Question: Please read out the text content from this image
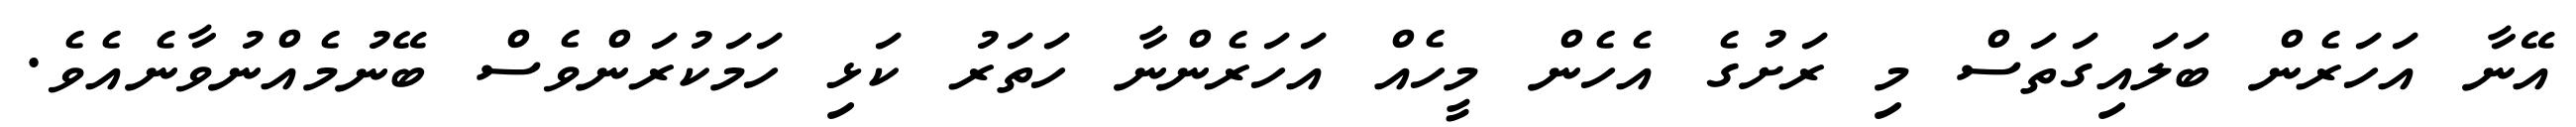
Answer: އޭނާ އަހަރެން ބަލައިގަތަސް މި ރަށުގެ އެހެން މީހެއް އަހަރެންނާ ހަތަރު ކަޅި ހަމަކުރަންވެސް ބޭނުމެއްނުވާނެއެވެ.